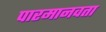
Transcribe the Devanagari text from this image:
पारमानवता